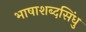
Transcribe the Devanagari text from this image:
भाषाशब्दसिंधु